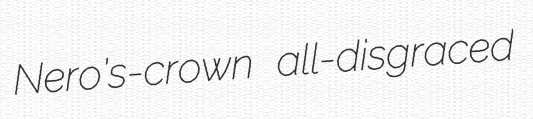
Nero's-crown all-disgraced